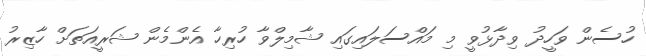
ހުސެން ވަހީދު ވިދާޅުވީ މި މައްސަލައިގައި ޝާމިލްވާ ހުރިހާ އެންމެން ޝަރީއަތަށް ހާޒިރު